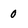
Character: 0